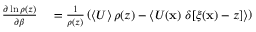
\begin{array} { r l } { \frac { \partial \ln \rho ( z ) } { \partial \beta } } & { { } = \frac { 1 } { \rho ( z ) } \left( \left< U \right> \rho ( z ) - \left< U ( \ensuremath { \mathbf { x } } ) \ \delta [ \xi ( \ensuremath { \mathbf { x } } ) - z ] \right> \right) } \end{array}